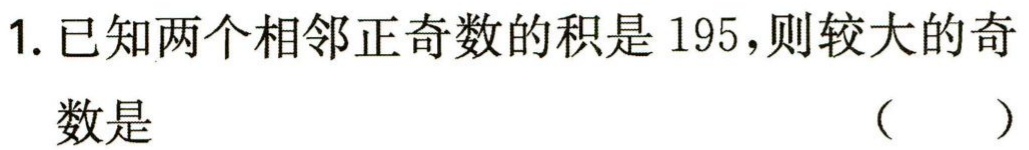
1. 已知两个相邻正奇数的积是 195，则较大的奇
数是 （  ）